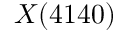
X ( 4 1 4 0 )